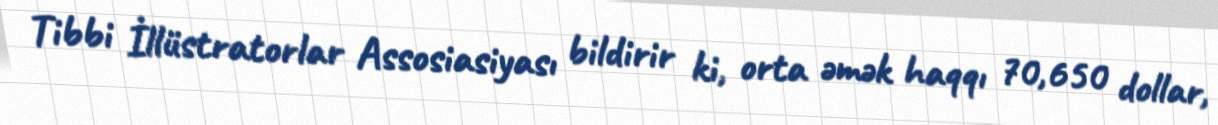
Tibbi İllüstratorlar Assosiasiyası bildirir ki, orta əmək haqqı 70,650 dollar,